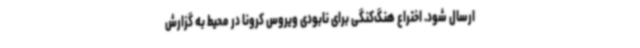
ارسال شود. اختراع هنگ‌کنگی برای نابودی ویروس کرونا در محیط به گزارش